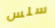
سلس